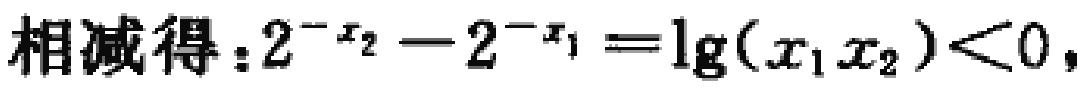
相减得：\(2^{-x_{2}} - 2^{-x_{1}} = \lg(x_{1}x_{2})<0\)，